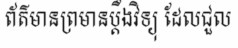
ព័ត៌មានព្រមានប្តឹងវិទ្យុ ដែលជួល